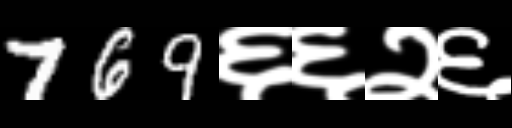
Text: 769६६२६